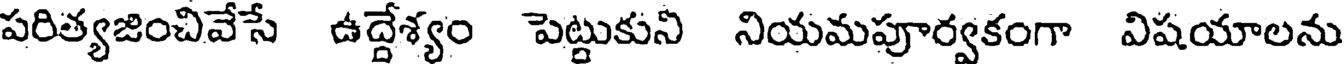
పరిత్యజించివేసే ఉద్దేశ్యం పెట్టుకుని నియమపూర్వకంగా విషయాలను